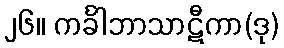
၂၆။ ကင်္ခါဘာသာဋီကာ(ဒု)